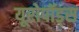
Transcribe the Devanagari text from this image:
यूरोपॉड्स